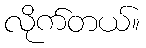
လိုက်တယ်။